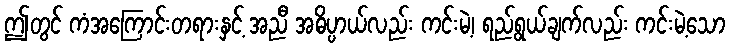
ဤတွင် ကံအကြောင်းတရားနှင့် အညီ အဓိပ္ပာယ်လည်း ကင်းမဲ့၊ ရည်ရွယ်ချက်လည်း ကင်းမဲ့သော